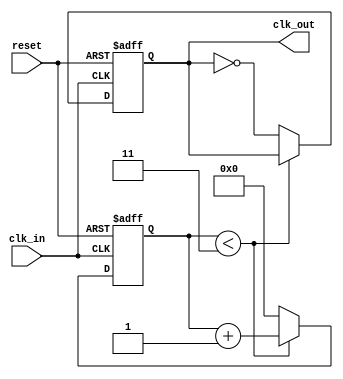
module parameterized_clock_divider #(
    parameter div_factor = 4  // Default division factor
)(
    input wire clk_in,         // Input clock signal
    input wire reset,          // Active high asynchronous reset
    output reg clk_out         // Output divided clock signal
);

    // Internal counter
    reg [31:0] count = 0;      // 32-bit counter to hold count value

    // Always block for clock division
    always @(posedge clk_in or posedge reset) begin
        if (reset) begin
            // Reset condition
            count <= 0;
            clk_out <= 1'b0;   // Initialize clk_out to a defined state (low)
        end else begin
            if (count < (div_factor - 1)) begin
                count <= count + 1;  // Increment the counter
            end else begin
                count <= 0;            // Reset the counter
                clk_out <= ~clk_out;   // Toggle clk_out
            end
        end
    end

endmodule